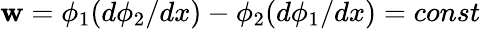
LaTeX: \mathbf{w}=\phi_{1}(d\phi_{2}/dx)-\phi_{2}(d\phi_{1}/dx)=const